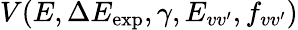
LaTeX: V(E,\Delta E_{\mathrm{exp}},\gamma,E_{vv^{\prime}},f_{vv^{\prime}})